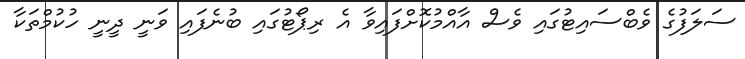
ސަލަފުގެ ވެބްސައިޓުގައި ވެސް އާއްމުކޮށްފައިވާ އެ ރިޕޯޓުގައި ބުނެފައި ވަނީ ދީނީ ހުކުމްތަކާ